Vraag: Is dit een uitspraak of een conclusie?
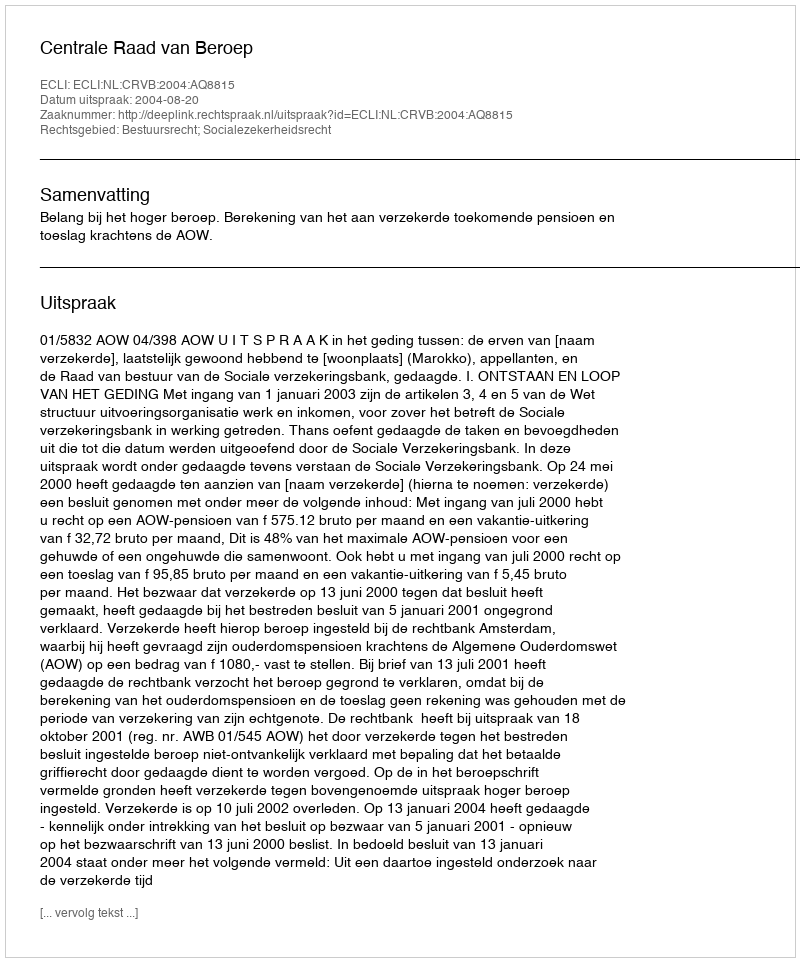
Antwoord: Uitspraak